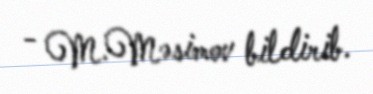
- M.Məsimov bildirib.